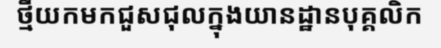
ថ្មីយកមកជួសជុលក្នុងយានដ្ឋានបុគ្គលិក